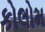
કોલોમ